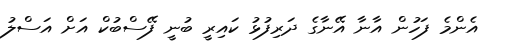
އެންމެ ފަހުން އާނާ އޭނާގެ ދަރިފުޅު ކައިރީ ބުނީ ފޭސްބުކް އަށް އަސްލު